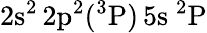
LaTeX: \mathrm{2s^{2}\, 2p^{2}(^{3}P)\, 5s~^{2}P}